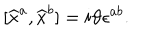
\lbrack \widehat { x } ^ { a } , \widehat { x } ^ { b } ] = i \vartheta \epsilon ^ { a b } .